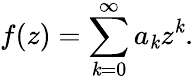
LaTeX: f(z)=\sum_{\mathit{k}=0}^{\infty}a_{\mathit{k}}z^{\mathit{k}}.